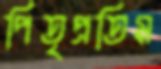
পিতৃপ্রতিম